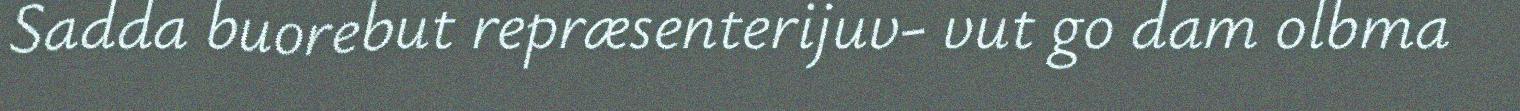
Sadda buorebut repræsenterijuv- vut go dam olbma